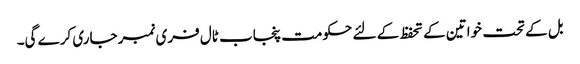
بل کے تحت خواتین کے تحفظ کے لئے حکومت پنجاب ٹال فری نمبر جاری کرے گی۔